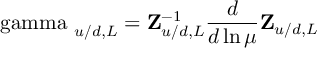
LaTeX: { \bf \mathrm { \boldmath { ~ \ g a m m a ~ } } } _ { u / d , L } = { \bf Z } _ { u / d , L } ^ { - 1 } \frac { d } { d \ln \mu } { \bf Z } _ { u / d , L }